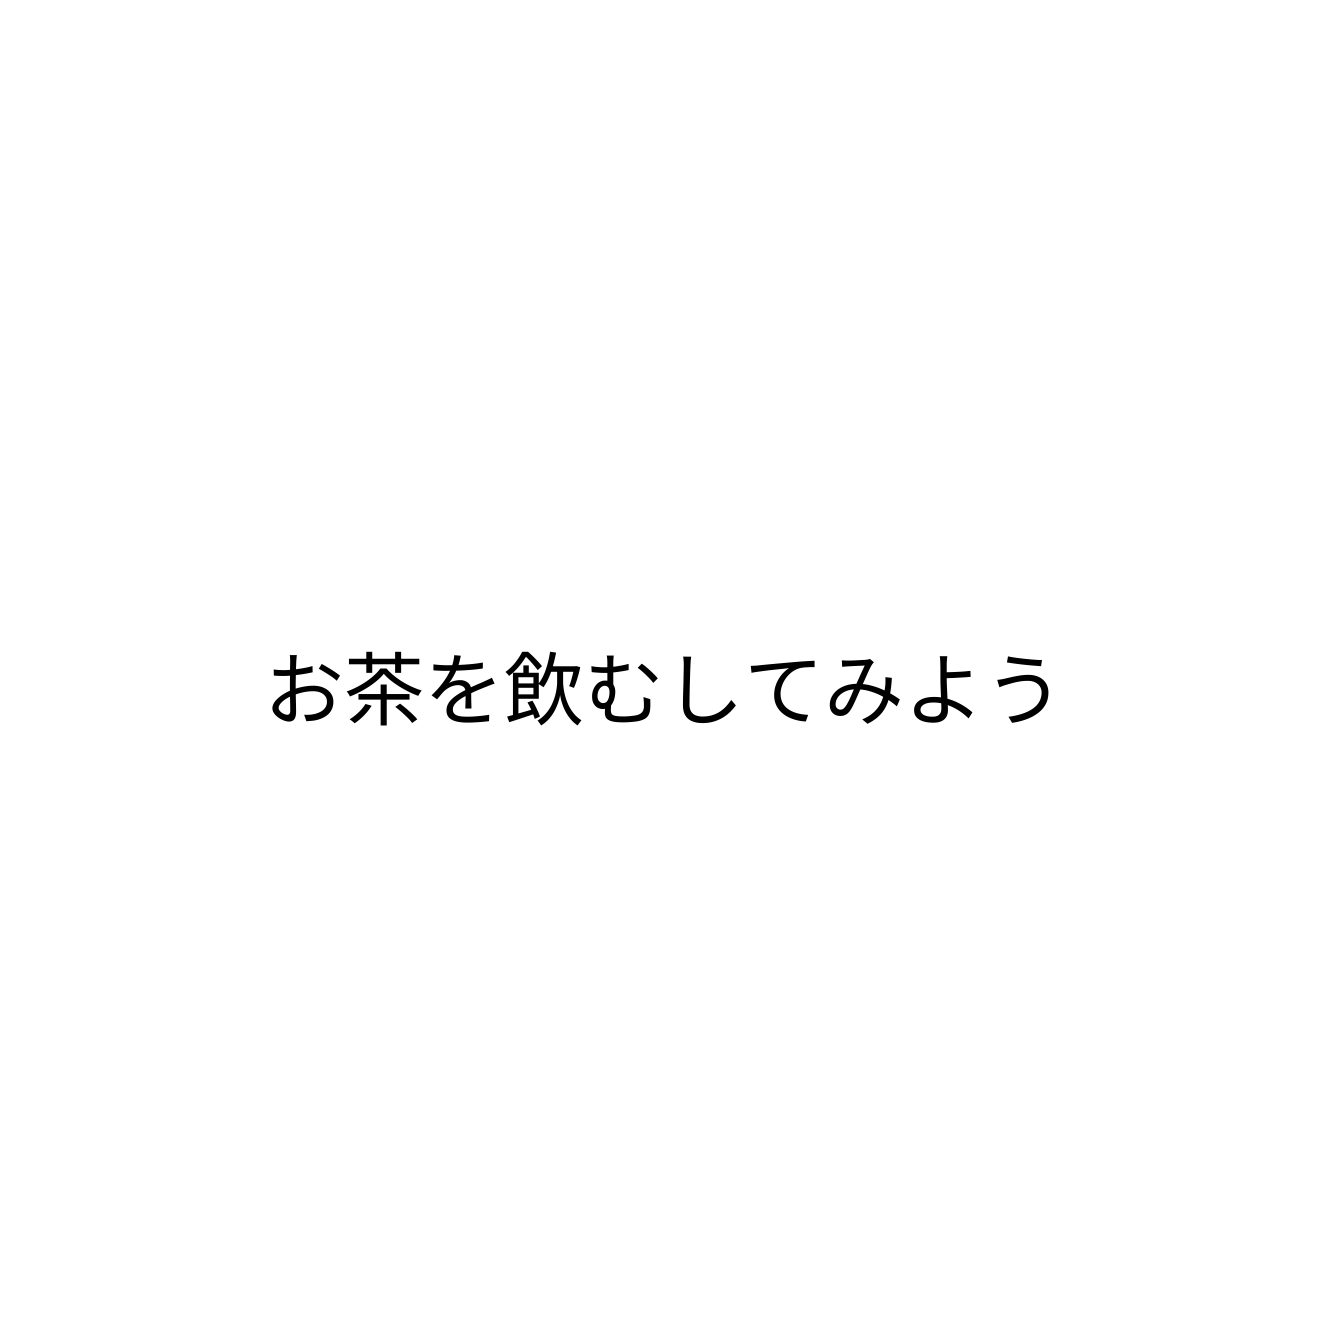
お茶を飲むしてみよう